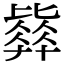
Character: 𣬓